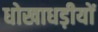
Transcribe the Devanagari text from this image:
धोखाधड़ीयों